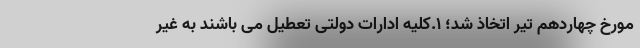
مورخ چهاردهم تیر اتخاذ شد؛ ۱.کلیه ادارات دولتی تعطیل می باشند به غیر